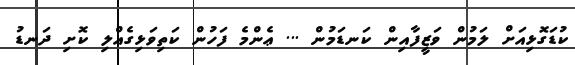
ކުޑަގޮޅިއަށް ލަމުން ވަޒީފާއިން ކަނޑަމުން ... ޢެންމެ ފަހުން ކަތިވަޅިގެއްލި ކޮށި ދަނޑު